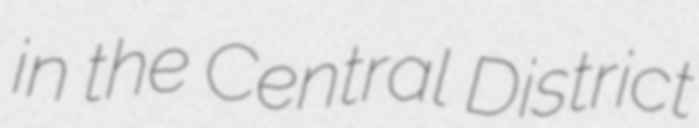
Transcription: in the Central District